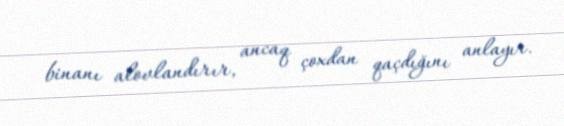
binanı alovlandırır, ancaq çoxdan qaçdığını anlayır.